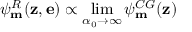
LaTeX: \psi _ { \bf m } ^ { R } ( { \bf z } , { \bf e } ) \propto \operatorname * { l i m } _ { \alpha _ { 0 } \rightarrow \infty } \psi _ { \bf m } ^ { C G } ( { \bf z } )